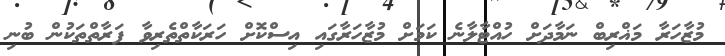
މުޒާހަރާ މަޣްރިބް ނަމާދަށް ހުއްޓާލާނެ ކަމަށް މުޒާހަރާގައި އިސްކޮށް ހަރަކާތްތެރިވާ ފަރާތްތަކުން ބުނި